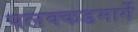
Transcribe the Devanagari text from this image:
पलक्कडमार्गे